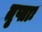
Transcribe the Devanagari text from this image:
तृप्ताः